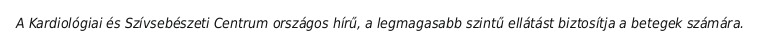
A Kardiológiai és Szívsebészeti Centrum országos hírű, a legmagasabb szintű ellátást biztosítja a betegek számára.